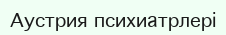
Аустрия психиатрлері